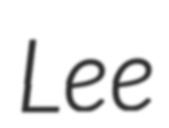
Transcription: Lee